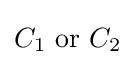
C_{1}{\text{ or }}C_{2}